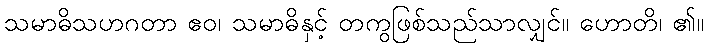
သမာဓိသဟဂတာ ဧဝ၊ သမာဓိနှင့် တကွဖြစ်သည်သာလျှင်။ ဟောတိ၊ ၏။